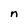
Character: n